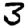
Digit: 3